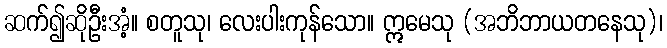
ဆက်၍ဆိုဦးအံ့။ စတူသု၊ လေးပါးကုန်သော။ ဣမေသု (အဘိဘာယတနေသု)၊